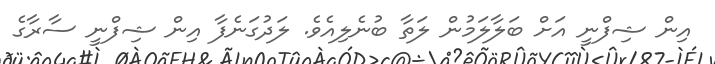
އިން ޝިފްނީ އަށް ބަލާލަމުން ލަތާ ބުނެލިއެވެ. ލަދުގަނެފާ އިން ޝިފްނީ ސާރާގެ